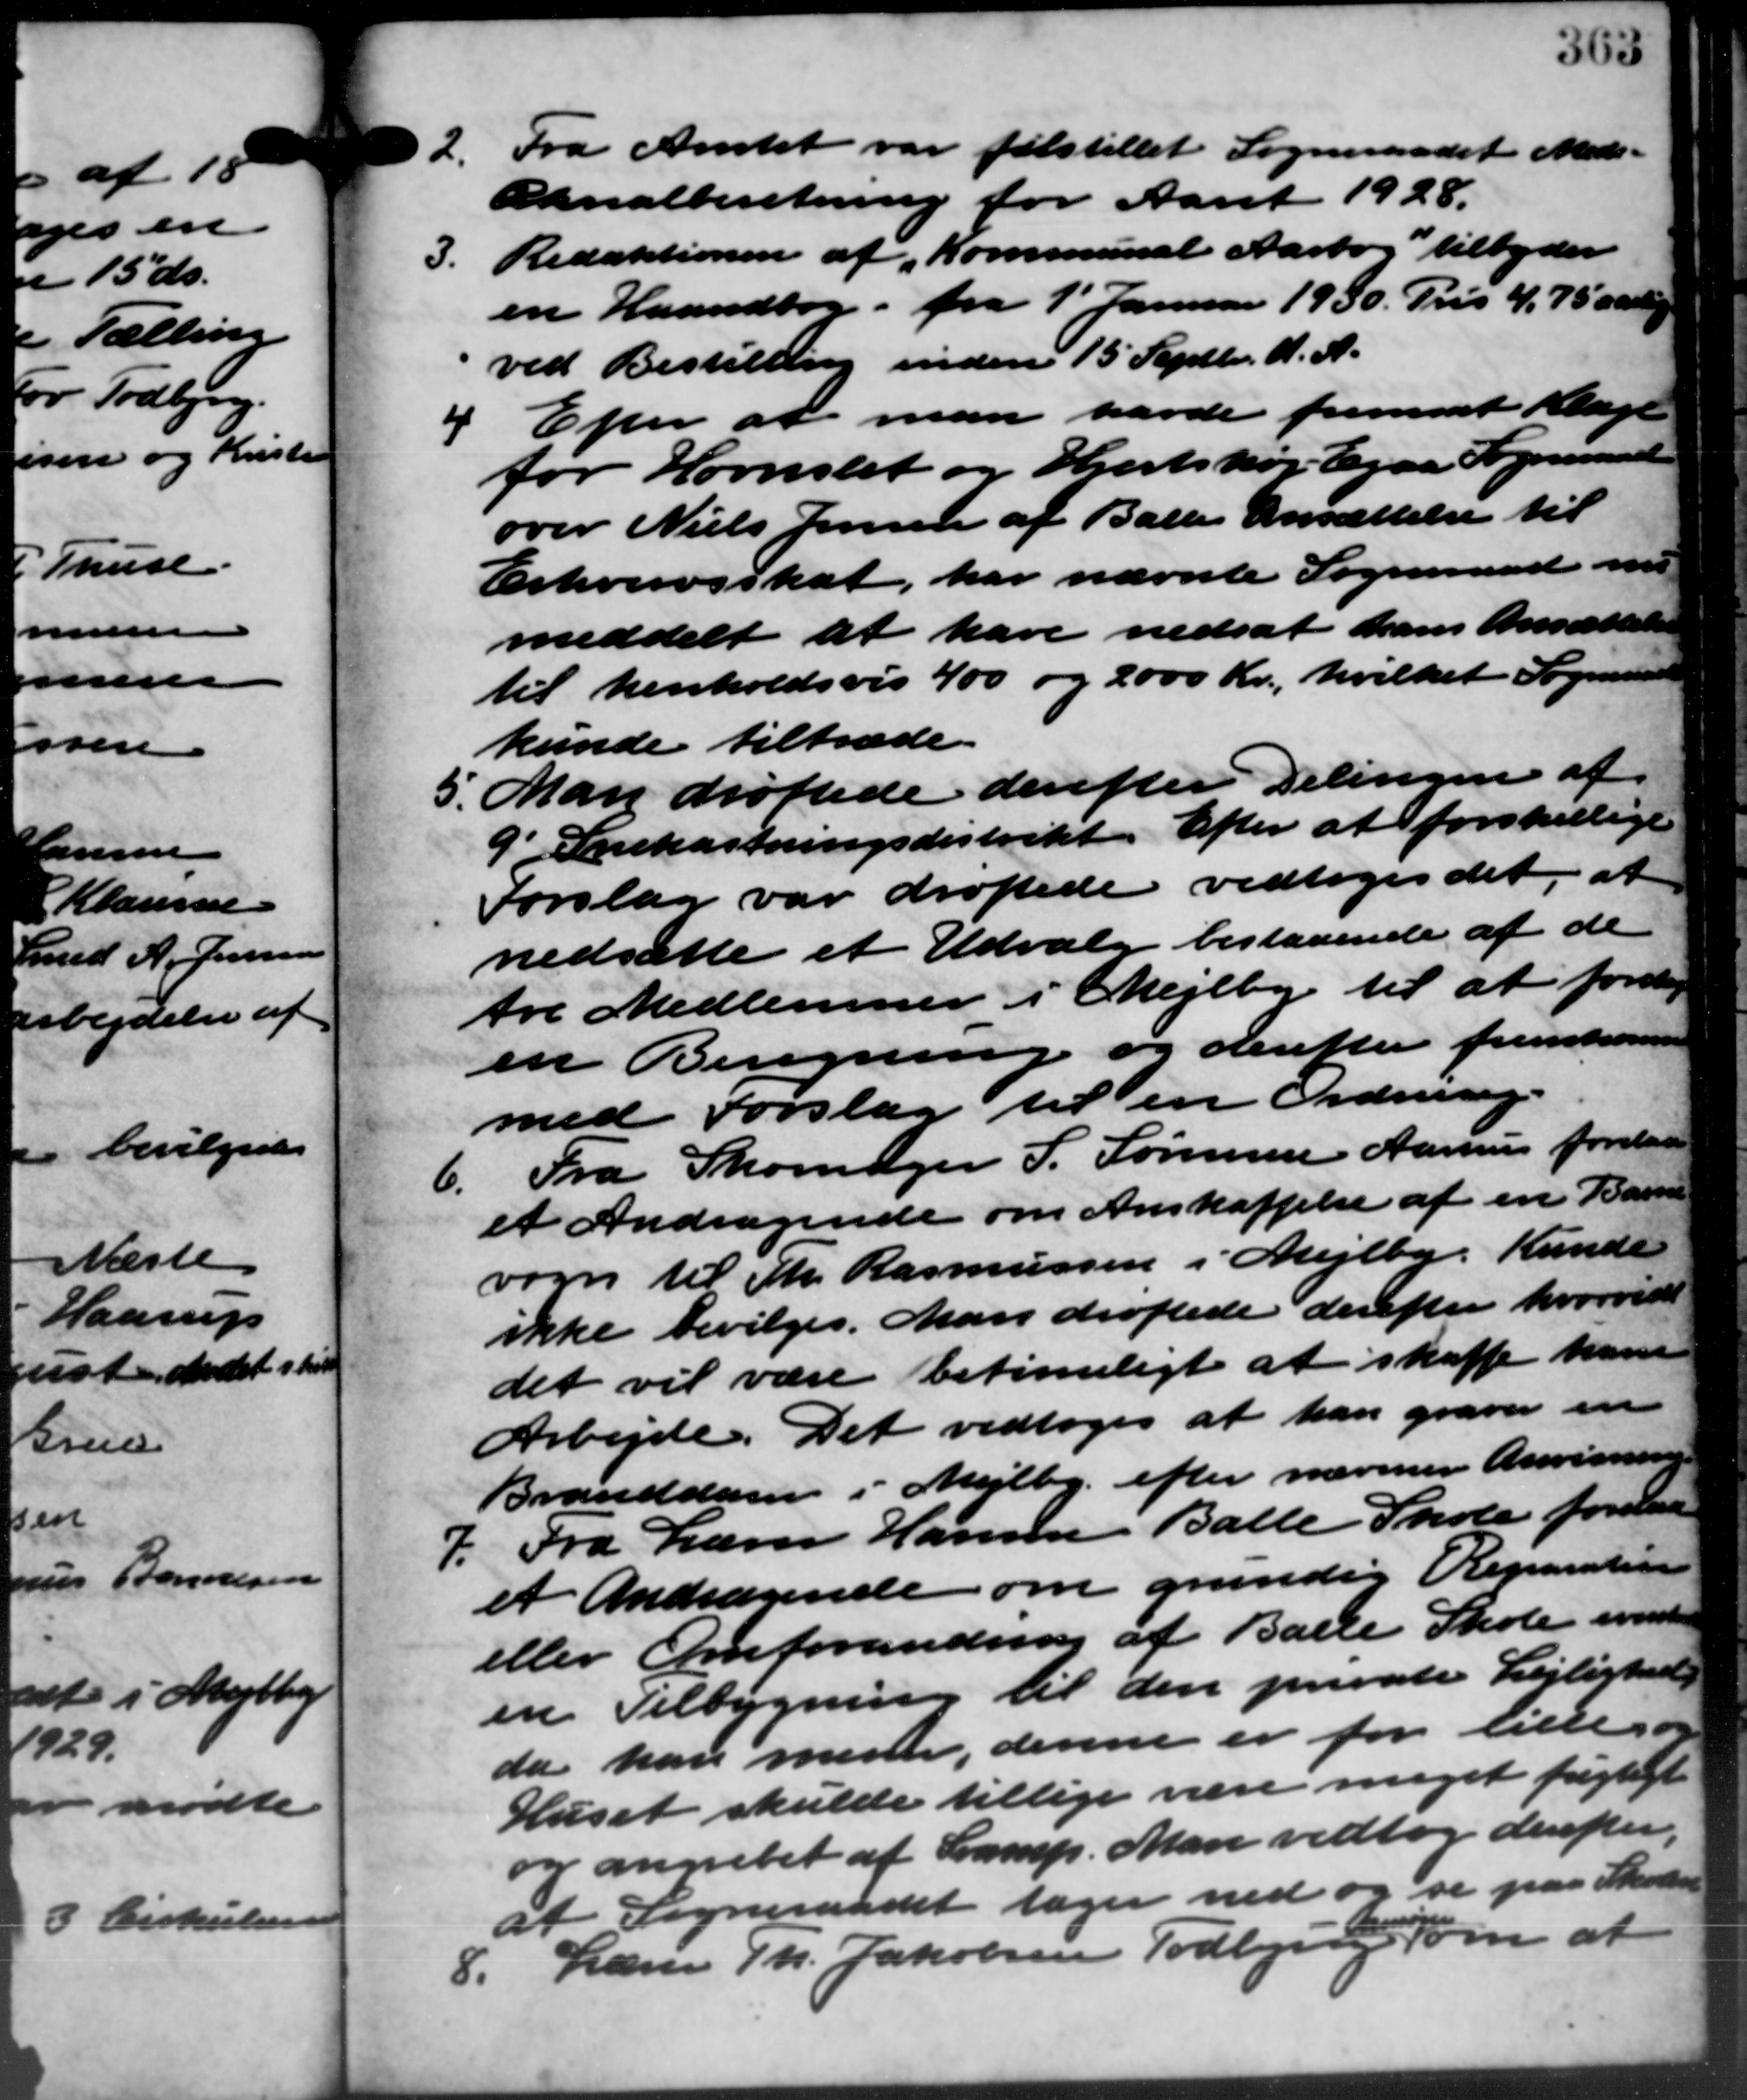
Transskription:
Fra Amtet var tilstillet Sogneraadet Meds –
Canalberetning for Aaret 1928.
3.
Redaktionen af Kommunal Aarbog tilbyder
en Haandbog. fra 1´Januar 1930. Pris 4,75 aarlig.
ved Bestilling inden 15 Septbr. d. A.
4 Efter at man havde fremsat Klage
4 Efter at man havde fremsat Klage
for Hornslet og Hjortshøj Egaa Sogneraad
over Niels Jensen af Balle Ansættelse til
Erhvervsskat, har nævnte Sogneraad me
meddelt at have nedsat hans Ansættelse
til henholdsvis 400 og 2.000 Kr., hvilket Sogneraad
kunde tiltræde
5. Man drøftede derefter delingen af
5. Man drøftede derefter delingen af
9 Snekastningsdistrikt. Efter at forskellige
Forslag var drøftede vedtoges det, at
nedsætte et Udvalg bestaaende af de
tre Medlemmer i Mejlby til at foretag
en Beregning og derefter fremkomme
med Forslag til en Ordning.
6.
Fra Skomager S. Sørensen Aarhus forelaa
et Andragende om Anskaffelse af en Barne
vogn til Th. Rasmussen i Mejlby. Kunde
ikke bevilges. Man drøftede derefter hvorvidt
det vil være betimeligt at skaffe ham
Arbejde. Det vedtoges at han graver en
Branddam i Mejlby efter nærmer Anvisning
7. Fra Lærer Hansen Balle Skole forelaa
7. Fra Lærer Hansen Balle Skole forelaa
et Andragende om grundig Reparation
eller Omforandring af Balle Skole evente
en Tilbygning til den private Lejlighed
da kan mener, denne er for lille og
Huset skulde tillige være meget frigtigt
og angrebet af Lamp. Man vedtog derefter,
at Sogneraadet tager ned og se paa Skolera
8.
Lærer Th. Jakobsen Todbjerg som at